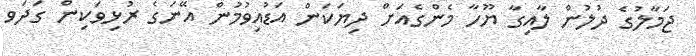
ޖަމާލުގެ ދުލުން ލާއިގާ ޔޫހާ މެންގެއަށް ދިޔަަކަން އަޑުއިވުމުން އޭނަގެ ރުޅިވަކިން ގަދަވ